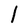
Character: l